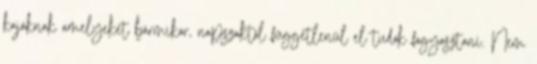
kajáknak amelyeket bármikor, napszaktól függetlenül el tudok fogyasztani. Nem